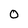
Character: 0